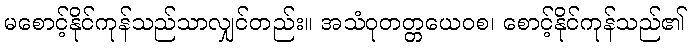
မစောင့်နိုင်ကုန်သည်သာလျှင်တည်း။ အသံဝုတတ္တယေဝစ၊ စောင့်နိုင်ကုန်သည်၏